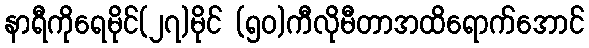
နာရီကိုရေမိုင်(၂၇)မိုင် (၅၀)ကီလိုမီတာအထိရောက်အောင်